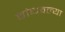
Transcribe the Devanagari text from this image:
बांधवल्या